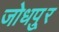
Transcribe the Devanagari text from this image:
जोधपु्र